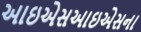
આઇએસઆઇએસના